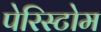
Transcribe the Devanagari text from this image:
पेरिस्टोम